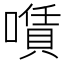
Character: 𠿹